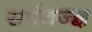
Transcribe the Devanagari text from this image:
सर्पतज्ज्ञ